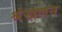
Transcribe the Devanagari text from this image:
श्रंखलन